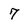
Character: 7